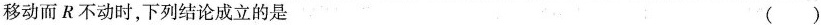
移动而R不动时，下列结论成立的是 ( )